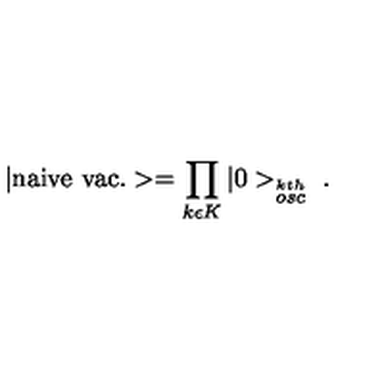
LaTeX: | \mathrm { n a i v e \ v a c . } > = \prod _ { k \epsilon K } | 0 > _ { \stackrel { k t h } { o s c } } \ .